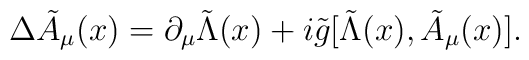
\Delta {\tilde A}_\mu(x) = \partial_\mu {\tilde \Lambda}(x)   +i{\tilde g} [{\tilde \Lambda}(x), {\tilde A}_\mu(x)].